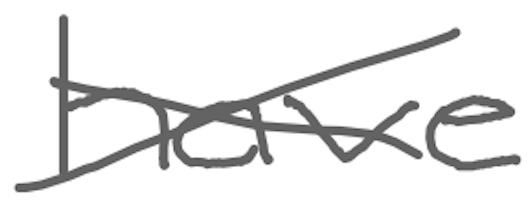
Text: have
Cross-out: cross
Writing tool: digital_gray